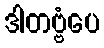
ဒါတဗ္ဗံပေ